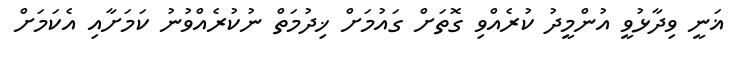
ޣަނީ ވިދާޅުވީ އުންމީދު ކުރެއްވި ގޮތަށް ގައުމަށް ޚިދުމަތް ނުކުރެއްވުނު ކަމަށާއި އެކަމަށް